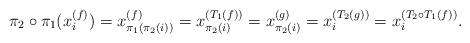
LaTeX: \begin{align*}\pi_{2} \circ \pi_{1}(x^{(f)}_i) = x^{(f)}_{\pi_{1} ( \pi_2(i))} =x^{(T_1(f))}_{\pi_2(i)} = x^{(g)}_{\pi_2(i)} = x_i^{(T_2(g))} = x_i^{(T_2 \circ T_1(f))}.\end{align*}